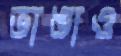
ভাঙাও